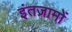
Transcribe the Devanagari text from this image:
इंतज़ामों